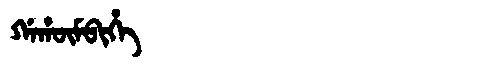
Manchu: ᡤᠠᡥᡡᠮᠪᡳᡥᡝ
Romanization: GAHŪMBIHE